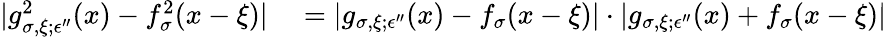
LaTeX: \begin{array}{rl}{|g_{\sigma,\xi;\epsilon^{\prime\prime}}^{2}(x)-f_{\sigma}^{2}(x-\xi)|}&{{}=|g_{\sigma,\xi;\epsilon^{\prime\prime}}(x)-f_{\sigma}(x-\xi)|\cdot|g_{\sigma,\xi;\epsilon^{\prime\prime}}(x)+f_{\sigma}(x-\xi)|}\end{array}